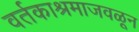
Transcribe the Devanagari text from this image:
वर्तकाश्रमाजवळून